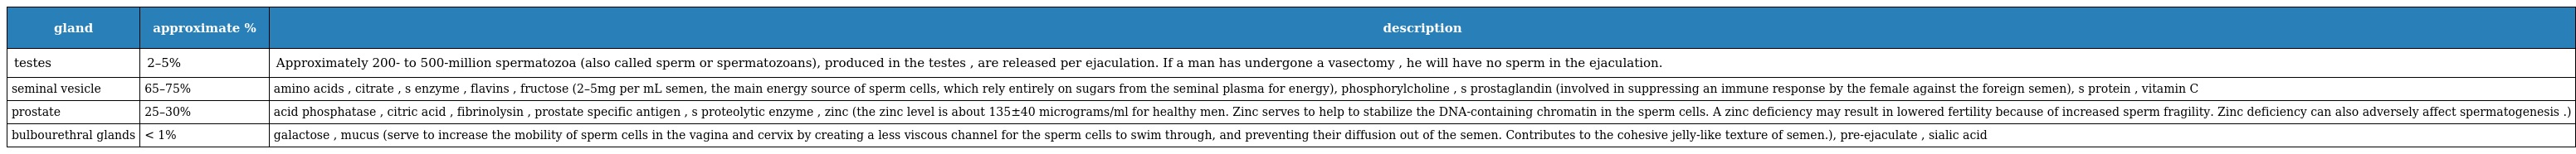
| gland | approximate % | description |
 | --- | --- | --- |
 | testes | 2–5% | Approximately 200- to 500-million spermatozoa (also called sperm or spermatozoans), produced in the testes , are released per ejaculation. If a man has undergone a vasectomy , he will have no sperm in the ejaculation. |
 | seminal vesicle | 65–75% | amino acids , citrate , s enzyme , flavins , fructose (2–5mg per mL semen, the main energy source of sperm cells, which rely entirely on sugars from the seminal plasma for energy), phosphorylcholine , s prostaglandin (involved in suppressing an immune response by the female against the foreign semen), s protein , vitamin C |
 | prostate | 25–30% | acid phosphatase , citric acid , fibrinolysin , prostate specific antigen , s proteolytic enzyme , zinc (the zinc level is about 135±40 micrograms/ml for healthy men. Zinc serves to help to stabilize the DNA-containing chromatin in the sperm cells. A zinc deficiency may result in lowered fertility because of increased sperm fragility. Zinc deficiency can also adversely affect spermatogenesis .) |
 | bulbourethral glands | < 1% | galactose , mucus (serve to increase the mobility of sperm cells in the vagina and cervix by creating a less viscous channel for the sperm cells to swim through, and preventing their diffusion out of the semen. Contributes to the cohesive jelly-like texture of semen.), pre-ejaculate , sialic acid |